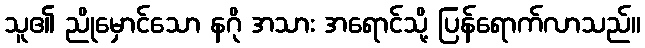
သူ၏ ညိုမှောင်သော နဂို အသား အရောင်သို့ ပြန်ရောက်လာသည်။